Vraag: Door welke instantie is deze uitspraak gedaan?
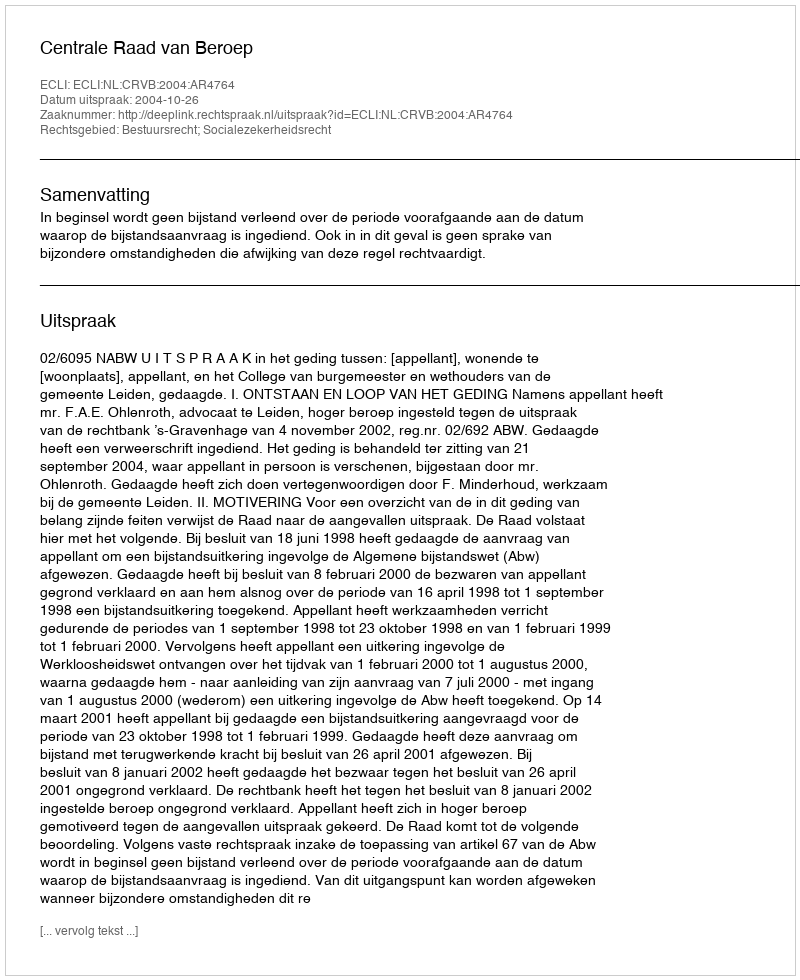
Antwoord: Centrale Raad van Beroep